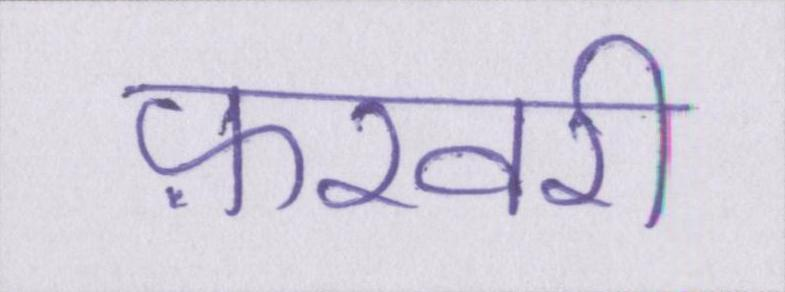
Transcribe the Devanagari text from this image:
फ़रवरी